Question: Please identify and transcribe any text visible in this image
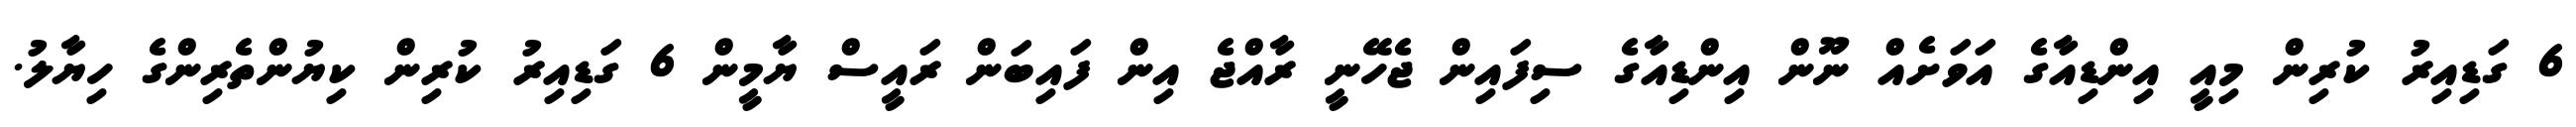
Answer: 6 ގަޑިއިރު ކުރިން މިއީ އިންޑިއާގެ އަވަށެއް ނޫން އިންޑިއާގެ ސިފައިން ޖެހޭނީ ރާއްޖެ އިން ފައިބަން ރައީސް ޔާމީން 6 ގަޑިއިރު ކުރިން ކިޔުންތެރިންގެ ހިޔާލު.